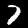
Label: 7